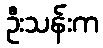
ဦးသန်းက